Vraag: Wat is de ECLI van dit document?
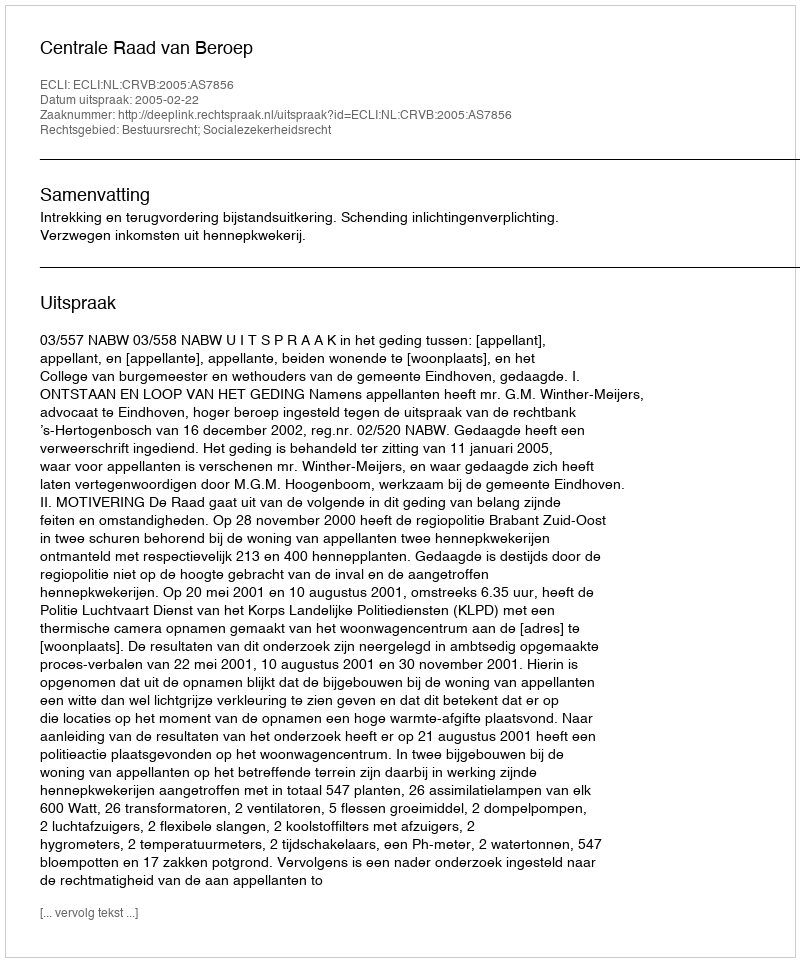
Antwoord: ECLI:NL:CRVB:2005:AS7856